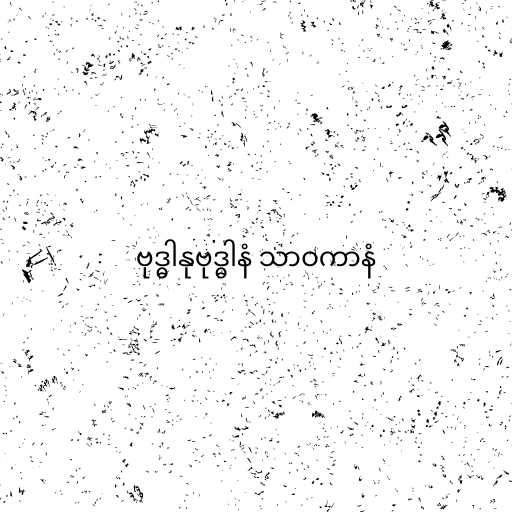
ဗုဒ္ဓါနုဗုဒ္ဓါနံ သာဝကာနံ